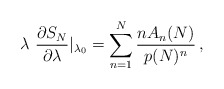
\begin{align*}\lambda \ { \partial S_{N} \over \partial \lambda}|_{\lambda_0} = \sum_{n=1}^{N} {n A_n(N) \over p(N)^n} \, ,\end{align*}